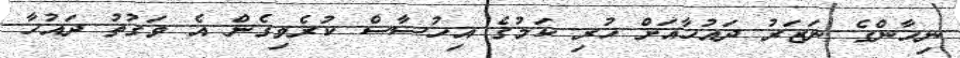
ނިހާންގެ ނަޒަރު ދައުހާއަށް ހުރި ކަމުގެ އިހުސާސް ކުރެވިގެން އެ ވަގުތު ދައުހާ